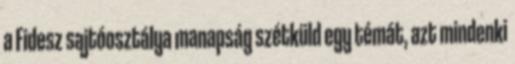
a Fidesz sajtóosztálya manapság szétküld egy témát, azt mindenki